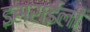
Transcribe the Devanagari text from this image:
इस्राईली